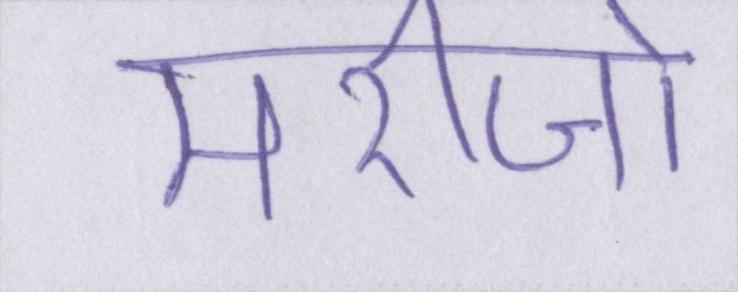
मरीजो